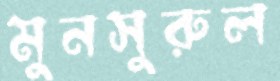
মুনসুরুল